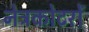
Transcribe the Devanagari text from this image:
नेत्रकोटरों